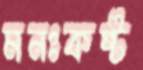
মনঃকষ্ট